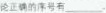
论正确的序号有___。